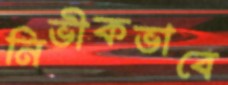
নির্ভীকভাবে